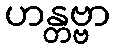
ဟန္တဗ္ဗာ